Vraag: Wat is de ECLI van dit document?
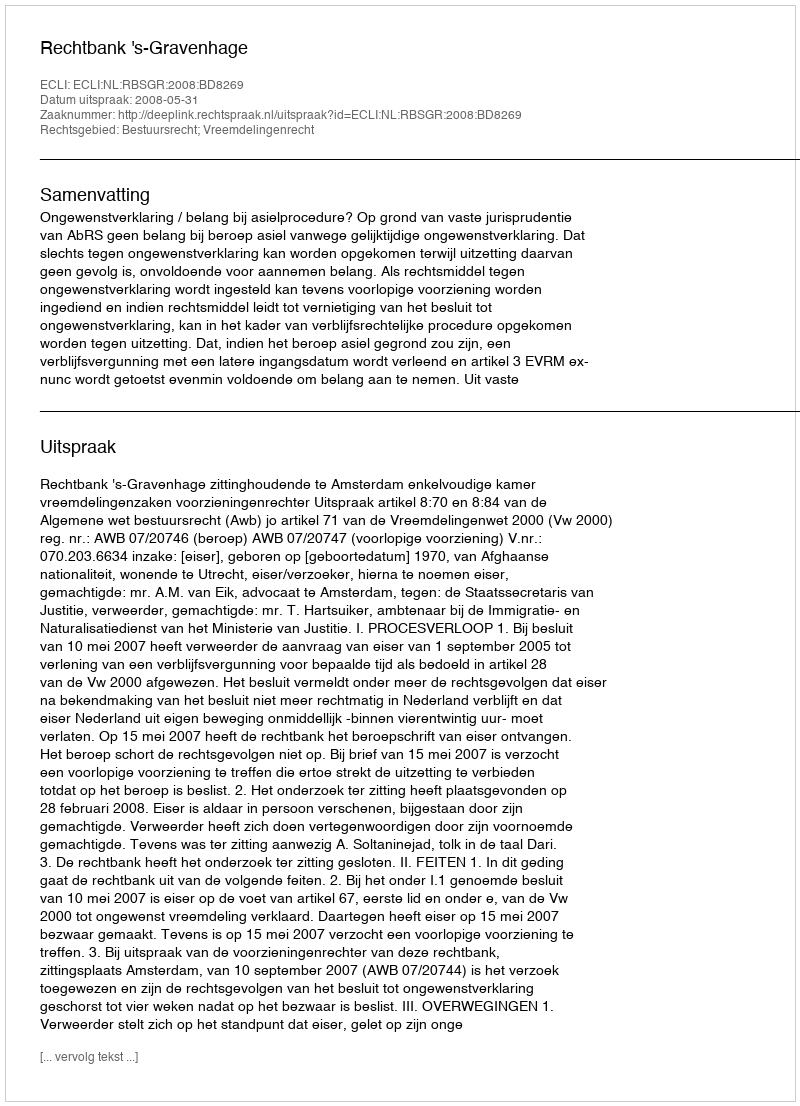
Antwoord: ECLI:NL:RBSGR:2008:BD8269